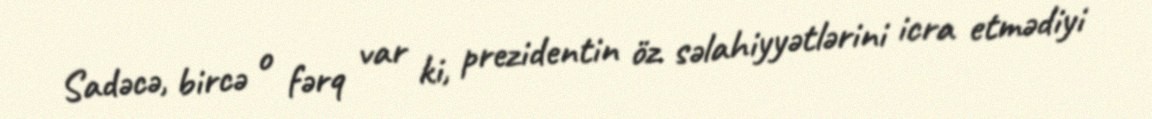
Sadəcə, bircə o fərq var ki, prezidentin öz səlahiyyətlərini icra etmədiyi